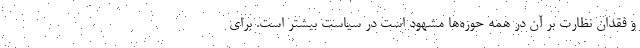
و فقدان نظارت بر آن در همه حوزه‌ها مشهود است در سیاست بیشتر است. برای